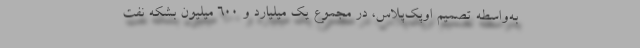
به‌واسطه تصمیم اوپک‌پلاس، در مجموع یک میلیارد و ۶۰۰ میلیون بشکه نفت